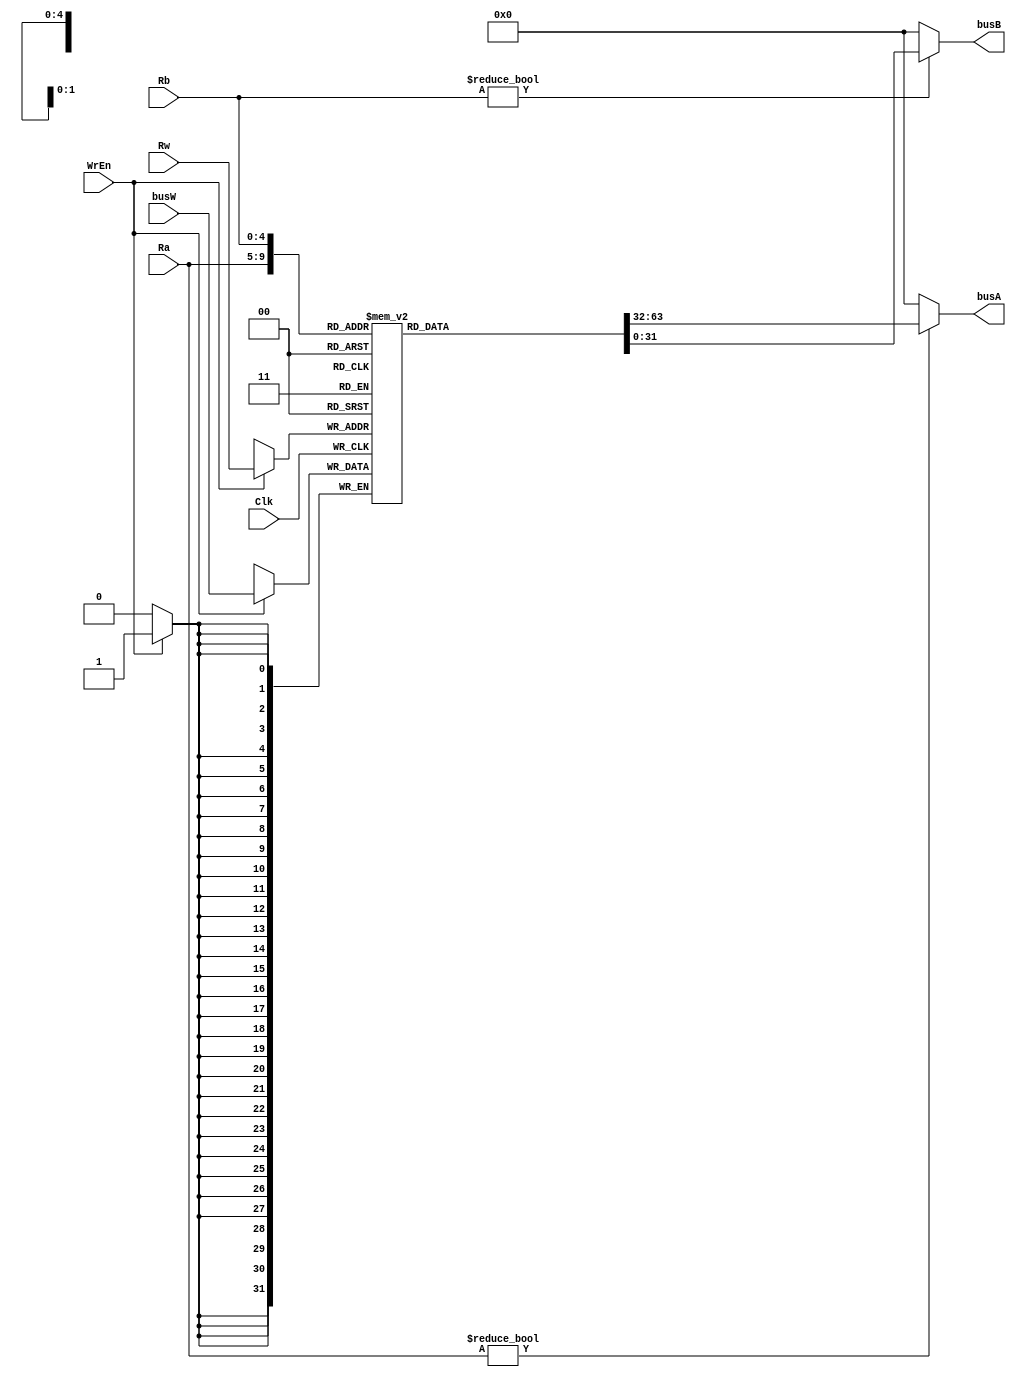

module rf(Clk,WrEn,Ra,Rb,Rw,busW,busA,busB);//que shao R
	input Clk;
	input WrEn;
	input [4:0]Ra,Rb,Rw;
	input [31:0]busW;
	output [31:0]busA,busB;
	
	reg [31:0] R[0:31];

	initial begin	
		R[8]  = 32'h0000_0000;// no use

		R[18] = 32'h0000_000A;
		R[19] = 32'h0000_0002;
		R[20] = 32'h0000_3000;
	end
	always @(posedge Clk)	begin
		if(WrEn) R[Rw] <= busW;	
		$display(R[17]);
	end

	assign busA = (Ra != 0)? R[Ra]:0;
	assign busB = (Rb != 0)? R[Rb]:0;
endmodule